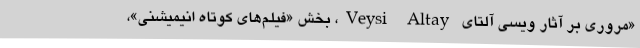
«مروری بر آثار ویسی آلتای Veysi Altay، بخش «فیلم‌های کوتاه انیمیشنی»،